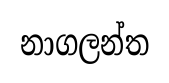
නාගලන්ත